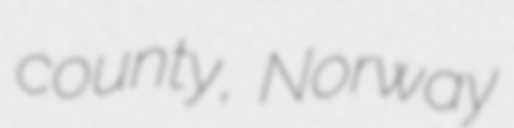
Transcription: county, Norway